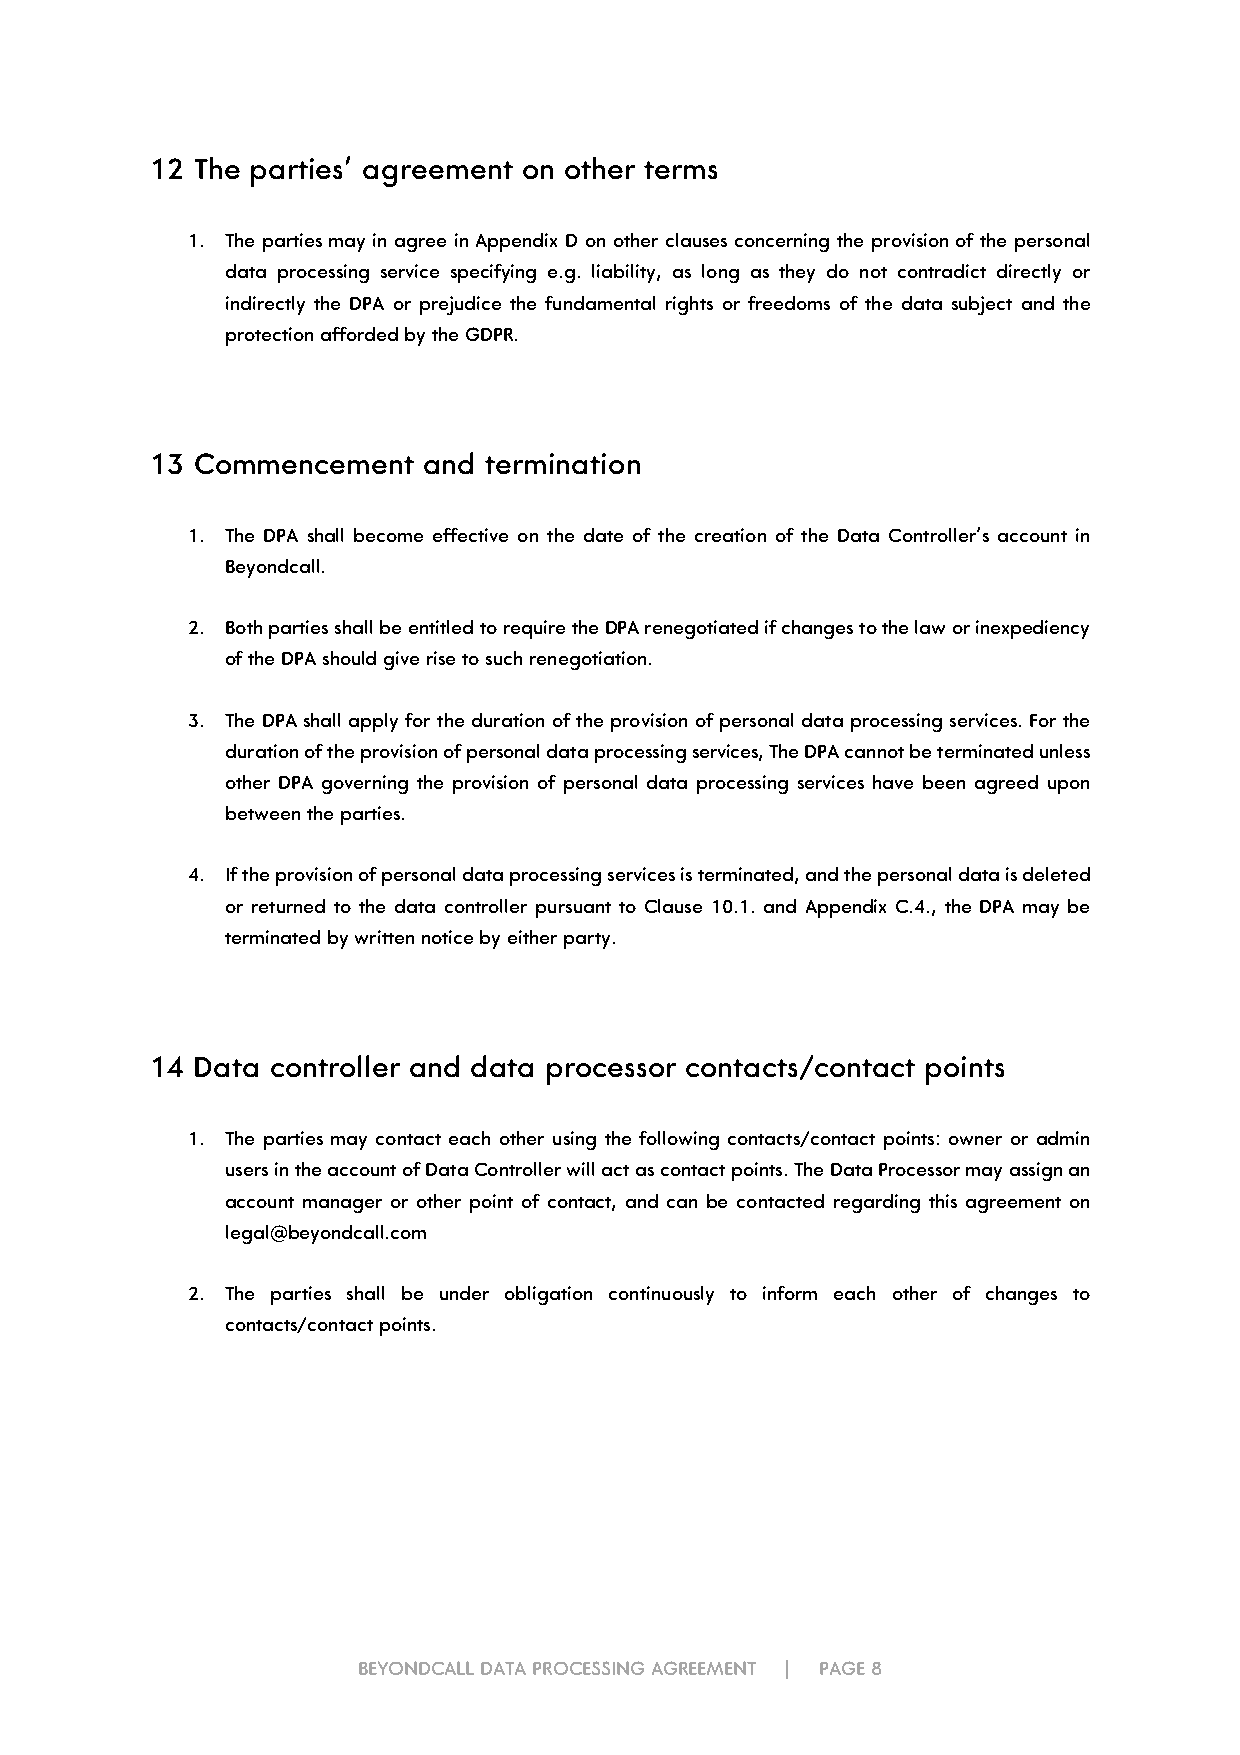
12 The parties’ agreement on other terms
 1. The parties may in agree in Appendix D on other clauses concerning the provision of the personal
 data processing service specifying e.g. liability, as long as they do not contradict directly or
 indirectly the DPA or prejudice the fundamental rights or freedoms of the data subject and the
 protection afforded by the GDPR.
 13 Commencement   and termination
 1. The DPA shall become effective on the date of the creation of the Data Controller’s account in
 Beyondcall.
 2. Both parties shall be entitled to require the DPA renegotiated if changes to the law or inexpediency
 of the DPA should give rise to such renegotiation.
 3. The DPA shall apply for the duration of the provision of personal data processing services. For the
 duration of the provision of personal data processing services, The DPA cannot be terminated unless
 other DPA governing the provision of personal data processing services have been agreed upon
 between the parties.
 4. If the provision of personal data processing services is terminated, and the personal data is deleted
 or returned to the data controller pursuant to Clause 10.1. and Appendix C.4., the DPA may be
 terminated by written notice by either party.
 14 Data controller and data processor contacts/contact points
 1. The parties may contact each other using the following contacts/contact points: owner or admin
 users in the account of Data Controller will act as contact points. The Data Processor may assign an
 account manager or other point of contact, and can be contacted regarding this agreement on
 legal@beyondcall.com
 2. The parties shall be under obligation continuously to inform each other of changes to
 contacts/contact points.
 BEYONDCALL DATA PROCESSING AGREEMENT | PAGE 8